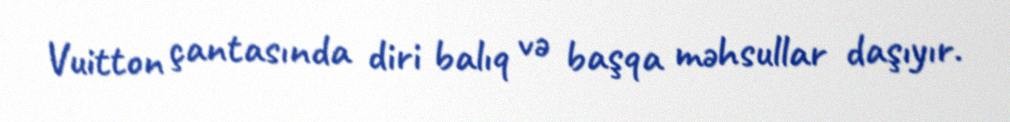
Vuitton çantasında diri balıq və başqa məhsullar daşıyır.